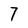
Character: 7